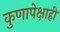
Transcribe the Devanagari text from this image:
कुणापेक्षाही